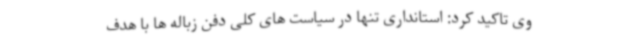
وی تاکید کرد: استانداری تنها در سیاست های کلی دفن زباله ها با هدف